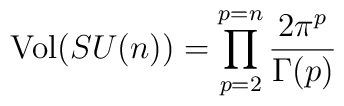
\mbox{Vol}(SU(n))=\prod_{p=2}^{p=n}\frac{2\pi^{p}}{\Gamma(p)}